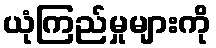
ယုံကြည်မှုများကို